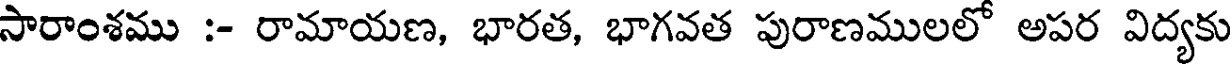
సారాంశము :- రామాయణ, భారత, భాగవత పురాణములలో అపర విద్యకు